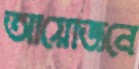
আয়োজনে